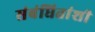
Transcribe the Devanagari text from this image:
संबंधितांशी